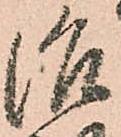
治